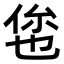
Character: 𬾥